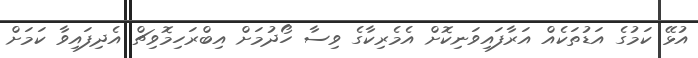
އުޅޭ ކަމުގެ އަޑުތަކެއް އަރާފައިވަނިކޮށް އެމެރިކާގެ ވިސާ ހޯދުމަށް އިބްރަހިމޮވިޗް އެދިފައިވާ ކަމަށް